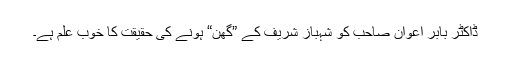
ڈاکٹر بابر اعوان صاحب کو شہباز شریف کے ”گھن“ ہونے کی حقیقت کا خوب علم ہے۔